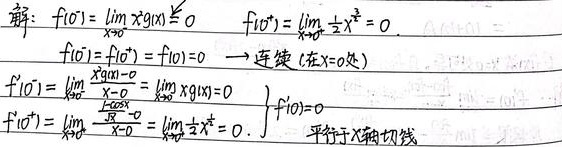
解：
\(f(0^{-})=\lim_{x\to0^{-}}x^{3}g(x)=0\)
\(f(0^{+})=\lim_{x\to0^{+}}\frac{1 - \cos x}{x}=0\)
\(f(0^{-})=f(0^{+})=f(0)=0\)，函数在 \(x = 0\) 处连续
\(\begin{cases}
f_{-}'(0)=\lim_{x\to0^{-}}\frac{f(x)-f(0)}{x - 0}=\lim_{x\to0^{-}}x^{2}g(x)=0\\
f_{+}'(0)=\lim_{x\to0^{+}}\frac{f(x)-f(0)}{x - 0}=\lim_{x\to0^{+}}\frac{1 - \cos x}{x^{2}}=0
\end{cases}\)
可得 \(f'(0)=0\)，函数在该点有平行于 \(x\) 轴的切线